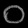
Digit: ၀